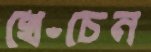
খেঁচেন